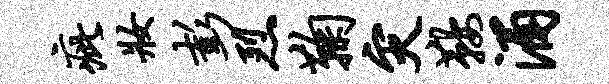
疵妆彭烈鞠灾鞍涌